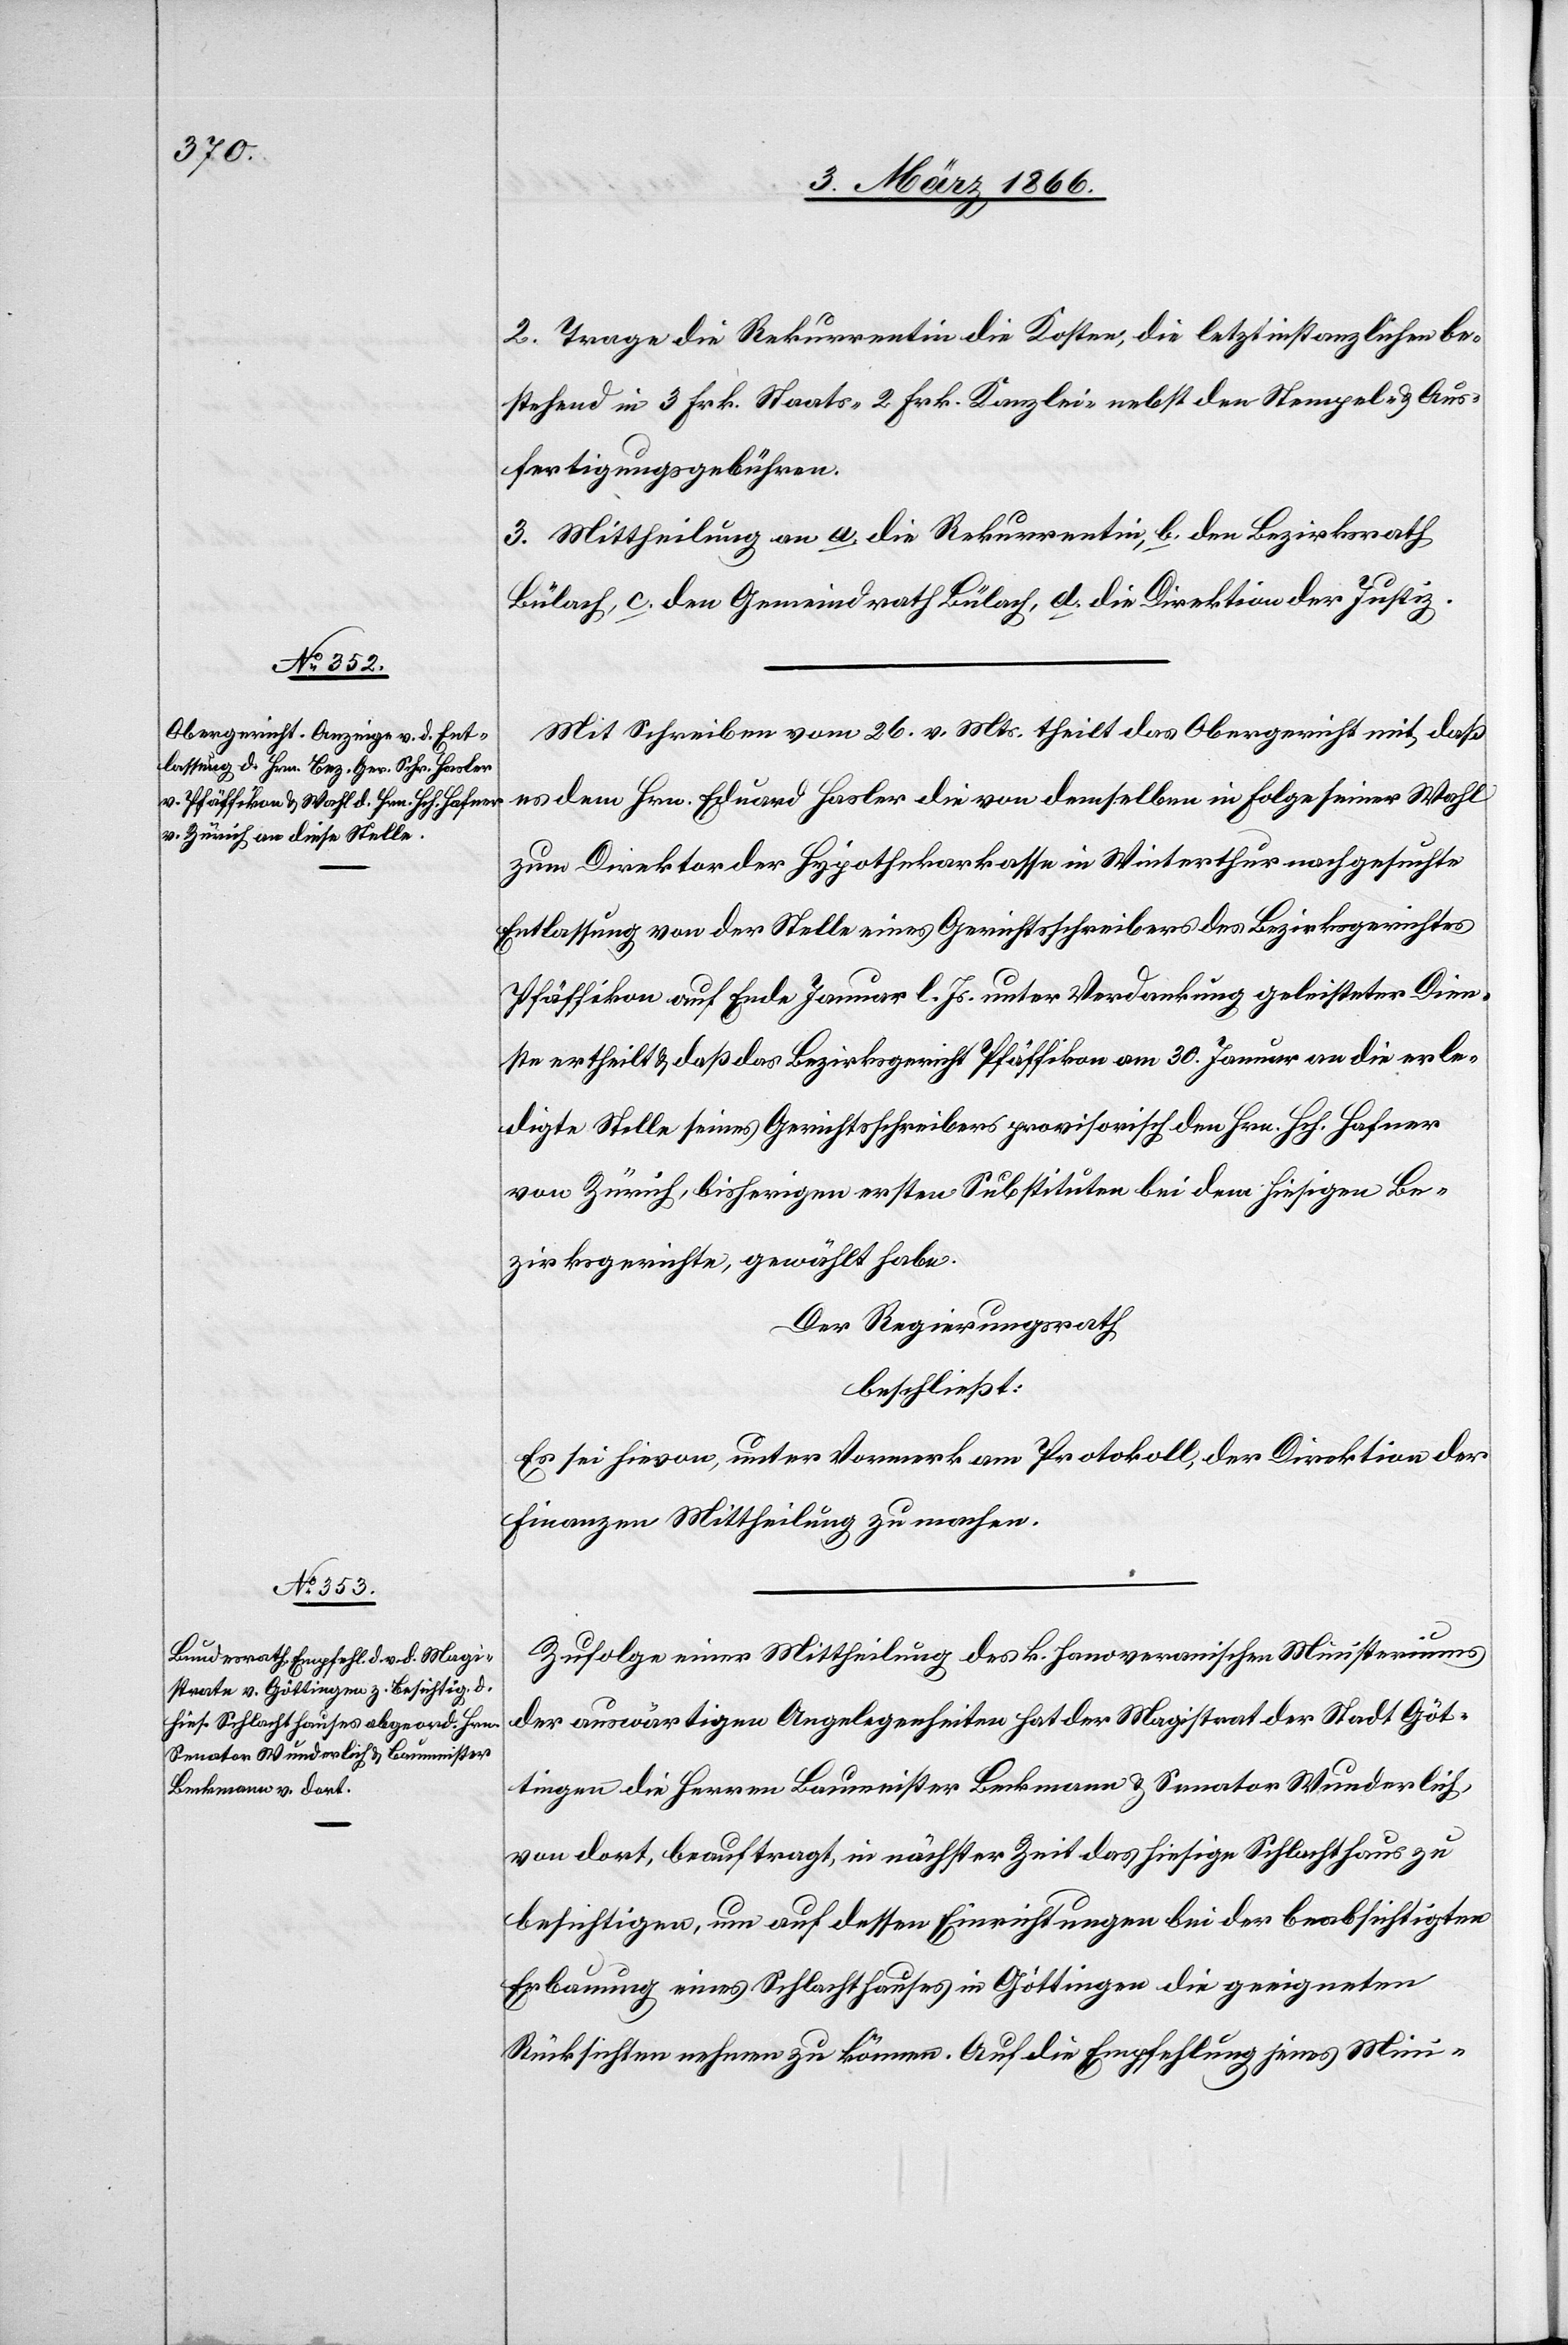
2. Trage die Rekurrentin die Kosten, die letztinstanzlichen be¬
stehend in 3 Frk. Staats-[,] 2 Frk. Kanzlei- nebst den Stempel- u. Aus¬
fertigungsgebühren.
3. Mittheilung an a. die Rekurrentin, b. den Bezirksrath
Bülach, c. den Gemeindrath Bülach, d. die Direktion der Justiz.
Mit Schreiben vom 26. v. Mts. theilt das Obergericht mit daß
es dem Hrn. Eduard Hasler die von demselben in Folge seiner Wahl
zum Direktor der Hypothekarkasse in Winterthur nachgesuchte
Entlassung von der Stelle eines Gerichtsschreibers des Bezirksgerichtes
Pfäffikon auf Ende Januar l. Js. unter Verdankung geleisteter Dien¬
ste ertheilt u. daß das Bezirksgericht Pfäffikon am 30. Januar an die erle¬
digte Stelle seines Gerichtsschreibers provisorisch den Hrn. Sch. Hafner
von Zürich, bisherigen ersten Substituten bei dem hiesigen Be¬
zirksgerichte, gewählt habe.
Der Regierungsrath,
beschließt:
Es sei hievon, unter Vormerk am Protokoll, der Direktion der
Finanzen Mittheilung zu machen.
Zufolge einer Mittheilung des. k. hanoveranischen Ministeriums
der auswärtigen Angelegenheiten hat der Magistrat der Stadt Göt¬
tingen die Herren Baumeister Benkmann u. Senator Wunderlich,
von dort, beauftragt, in nächster Zeit das hiesige Schlachthaus zu
besichtigen, um auf dessen Einrichtungen bei der beabsichtigten
Erbauung eines Schlachthauses in Göttingen die geeigneten
Rücksichten nehmen zu können. Auf die Empfehlung seines Mini-